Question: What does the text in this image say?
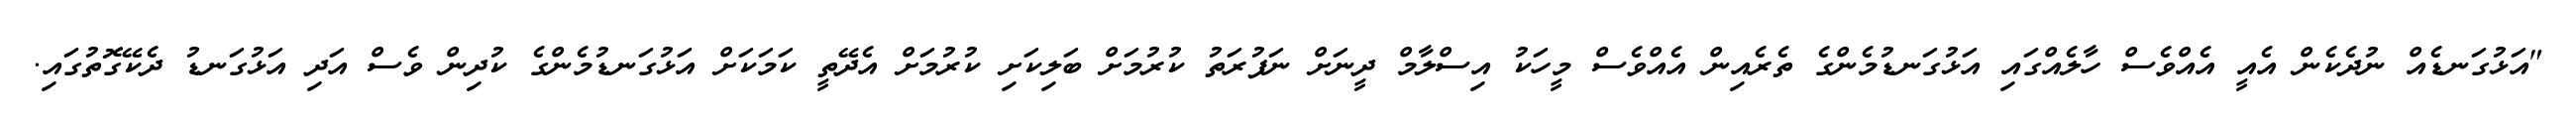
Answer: "އަޅުގަނޑެއް ނުދެކެން އެއީ އެއްވެސް ހާލެއްގައި އަޅުގަނޑުމެންގެ ތެރެއިން އެއްވެސް މީހަކު އިސްލާމް ދީނަށް ނަފުރަތު ކުރުމަށް ބަލިކަށި ކުރުމަށް އެދޭތީ ކަމަކަށް އަޅުގަނޑުމެންގެ ކުދިން ވެސް އަދި އަޅުގަނޑު ދެކޭގޮތުގައި.